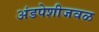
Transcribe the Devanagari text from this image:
अंडपेशीजवळ